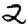
Digit: 2